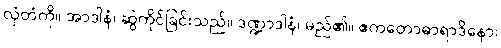
လှံတံကို။ အာဒါနံ၊ ဆွဲကိုင်ခြင်းသည်။ ဒဏ္ဍာဒါနံ၊ မည်၏။ ဧကတောဓာရာဒိနော၊